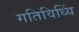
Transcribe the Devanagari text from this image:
गतिविध्यिं